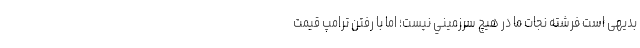
بدیهی است فرشته نجات ما در هيچ سرزميني نيست؛ اما با رفتن ترامپ قيمت